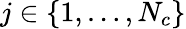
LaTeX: j\in\left\lbrace 1,\dots,N_{c}\right\rbrace